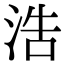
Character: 浩